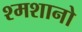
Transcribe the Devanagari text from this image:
श्मशानो